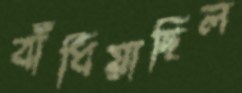
বাঁধিয়াছিল